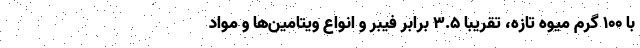
با ۱۰۰ گرم میوه تازه، تقریبا ۳.۵ برابر فیبر و انواع ویتامین‌ها و مواد